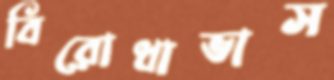
বিরোধাভাস